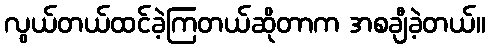
လွယ်တယ်ထင်ခဲ့ကြတယ်ဆိုတာက အစချီခဲ့တယ်။